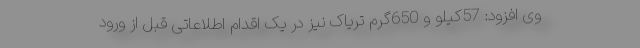
وی افزود: 57کیلو و 650گرم تریاک نیز در یک اقدام اطلاعاتی قبل از ورود